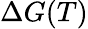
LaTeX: \Delta G(T)